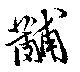
黼